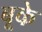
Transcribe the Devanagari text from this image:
बूके